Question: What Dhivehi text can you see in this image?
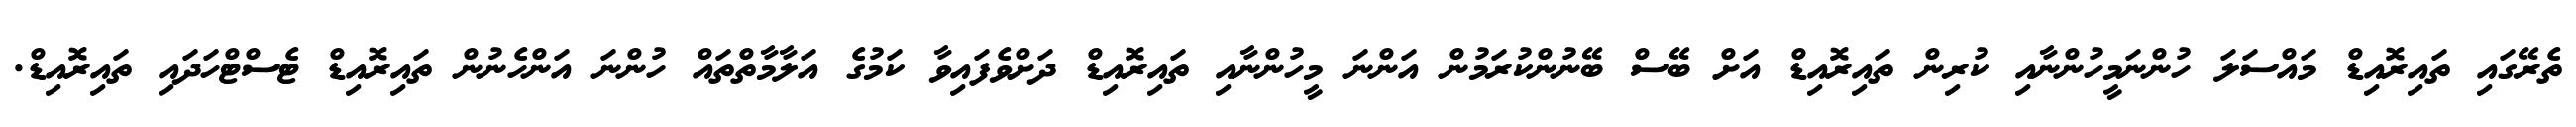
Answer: ތެރޭގައި ތައިރޮއިޑް މައްސަލަ ހުންނަމީހުންނާއި ކުރިން ތައިރޮއިޑް އަށް ބޭސް ބޭނުންކުރަމުން އަންނަ މީހުންނާއި ތައިރޮއިޑް ދަށްވެފައިވާ ކަމުގެ އަލާމާތްތައް ހުންނަ އަންހެނުން ތައިރޮއިޑް ޓެސްޓްހަދައި ތައިރޮއިޑް.